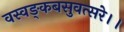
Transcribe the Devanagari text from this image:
वस्वङ्कबसुवत्सरे।।